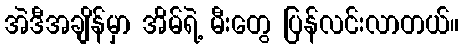
အဲဒီအချိန်မှာ အိမ်ရဲ့ မီးတွေ ပြန်လင်းလာတယ်။